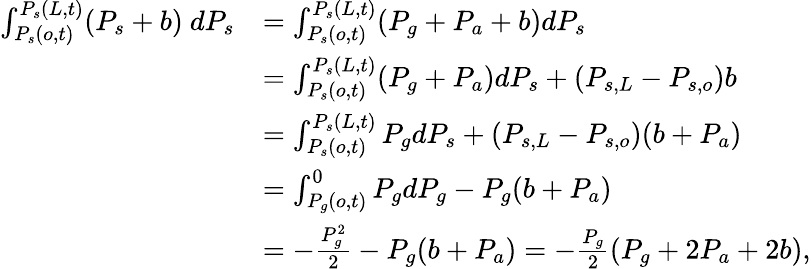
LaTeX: \begin{array}{rl}{\int_{P_{s}(o,t)}^{P_{s}(L,t)}(P_{s}+b)\ dP_{s}}&{=\int_{P_{s}(o,t)}^{P_{s}(L,t)}(P_{g}+P_{a}+b)dP_{s}}\\ &{=\int_{P_{s}(o,t)}^{P_{s}(L,t)}(P_{g}+P_{a})dP_{s}+(P_{s,L}-P_{s,o})b}\\ &{=\int_{P_{s}(o,t)}^{P_{s}(L,t)}P_{g}dP_{s}+(P_{s,L}-P_{s,o})(b+P_{a})}\\ &{=\int_{P_{g}(o,t)}^{0}P_{g}dP_{g}-P_{g}(b+P_{a})}\\ &{=-\frac{P_{g}^{2}}{2}-P_{g}(b+P_{a})=-\frac{P_{g}}{2}(P_{g}+2P_{a}+2b),}\end{array}